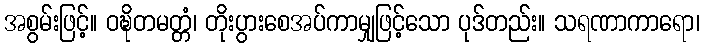
အစွမ်းဖြင့်။ ဝဍ္ဎိတမတ္တံ၊ တိုးပွားစေအပ်ကာမျှဖြင့်သော ပုဒ်တည်း။ သရဏာကာရော၊